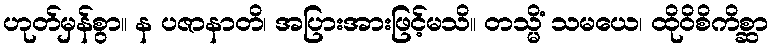
ဟုတ်မှန်စွာ။ န ပဇာနာတိ၊ အပြားအားဖြင့်မသိ။ တသ္မိံ သမယေ၊ ထိုဝိစိကိစ္ဆာ